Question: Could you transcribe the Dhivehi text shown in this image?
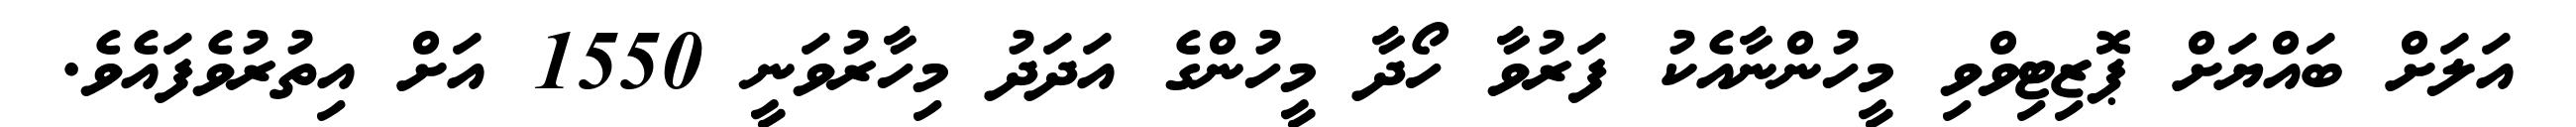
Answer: އަލަށް ބައްޔަށް ޕޮޒިޓިވްވި މީހުންނާއެކު ފަރުވާ ހޯދާ މީހުންގެ އަދަދު މިހާރުވަނީ 1550 އަށް އިތުރުވެފައެވެ.